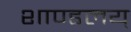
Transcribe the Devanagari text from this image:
शाण्डलय्